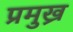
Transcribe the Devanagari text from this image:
प्रमुख्र